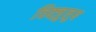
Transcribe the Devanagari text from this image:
चिक्ज़ुलुब